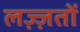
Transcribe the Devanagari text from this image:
लज़्ज़तों